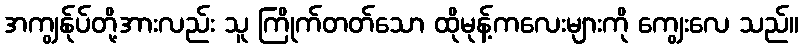
အကျွန်ုပ်တို့အားလည်း သူ ကြိုက်တတ်သော ထိုမုန့်ကလေးများကို ကျွေးလေ သည်။